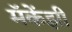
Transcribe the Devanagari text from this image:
मॅकेंझी